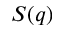
S ( q )